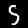
Digit: 5